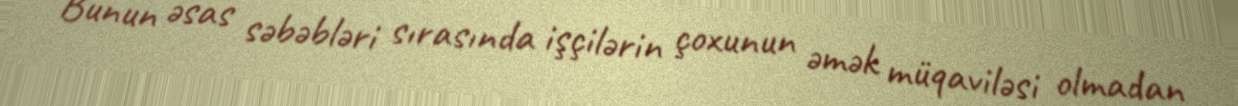
Bunun əsas səbəbləri sırasında işçilərin çoxunun əmək müqaviləsi olmadan